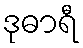
ဒုဓာရီ